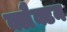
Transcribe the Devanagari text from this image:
क्लैक्टन